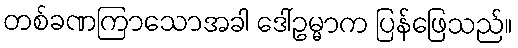
တစ်ခဏကြာသောအခါ ဒေါ်ဥမ္မာက ပြန်ဖြေသည်။